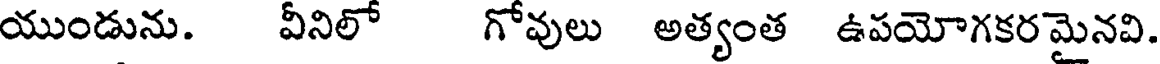
యుండును. వీనిలో గోవులు అత్యంత ఉపయోగకర మైనవి.